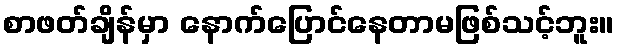
စာဖတ်ချိန်မှာ နောက်ပြောင်နေတာမဖြစ်သင့်ဘူး။